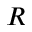
R